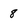
Character: 8